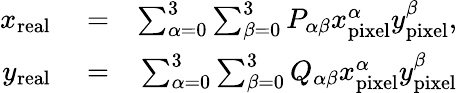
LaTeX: \begin{array}{rlr}{x_{\mathrm{real}}}&{{}=}&{\sum_{\alpha=0}^{3}\sum_{\beta=0}^{3}P_{\alpha\beta}x_{\mathrm{pixel}}^{\alpha}y_{\mathrm{pixel}}^{\beta},}\\ {y_{\mathrm{real}}}&{{}=}&{\sum_{\alpha=0}^{3}\sum_{\beta=0}^{3}Q_{\alpha\beta}x_{\mathrm{pixel}}^{\alpha}y_{\mathrm{pixel}}^{\beta}}\end{array}